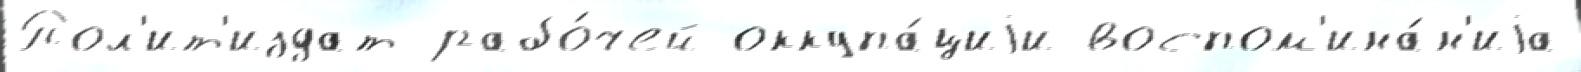
Пол'ит'издат рабо́чей оккупа́циjи воспом'ина́н'иjа